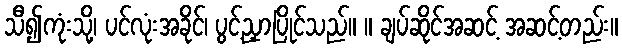
သီ၍ကုံးသို့၊ ပင်လုံးအခိုင်၊ ပွင့်ညှာပြိုင်သည်။ ။ ချပ်ဆိုင်အဆင့် အဆင့်တည်း။